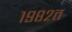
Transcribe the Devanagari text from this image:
१९८२त